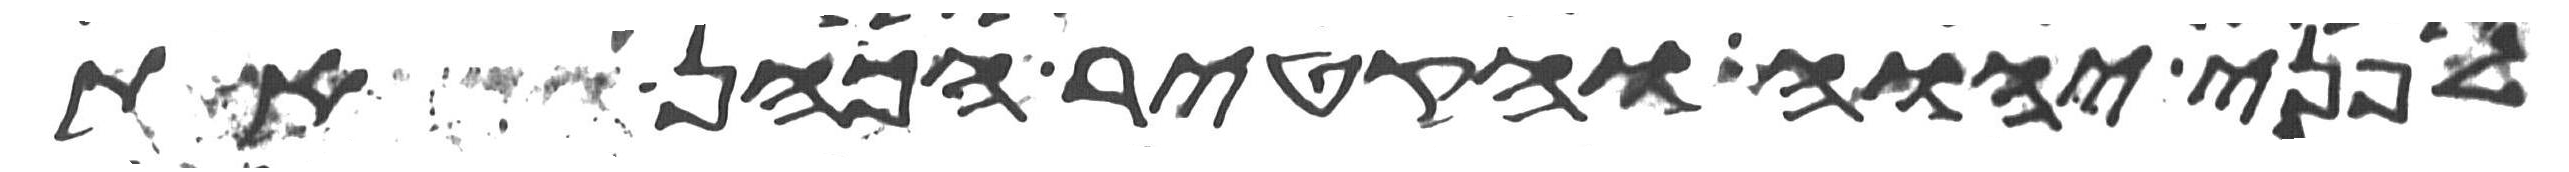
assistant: לפני יהוה והקטיר הכהן את